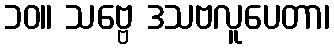
၁၀။ သဗ္ဗေ ဒသဗလူပေတာ၊